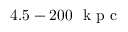
4 . 5 - 2 0 0 ~ \mathrm { ~ k ~ p ~ c ~ }